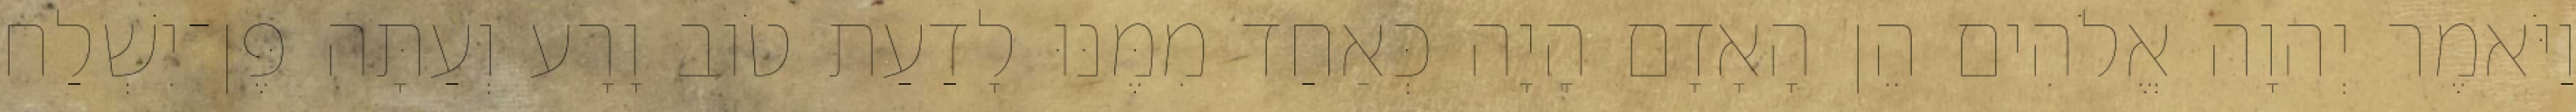
וַיֹּאמֶר יְהוָה אֱלֹהִים הֵן הָאָדָם הָיָה כְּאַחַד מִמֶּנּוּ לָדַעַת טֹוב וָרָע וְעַתָּה פֶּן־יִשְׁלַח